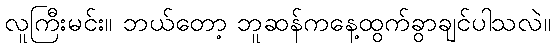
လူကြီးမင်း။ ဘယ်တော့ ဘူဆန်ကနေ့ထွက်ခွာချင်ပါသလဲ။